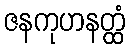
ဇနကုဟနတ္ထံ